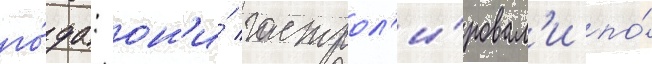
го́да: он'и́ гастрол'и́ровал'и по́